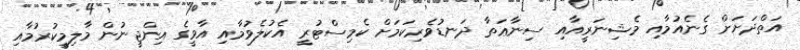
އަތްދަށަށް ގެނެއުމާއި މެޝިނަރީއާއި ސިނާޢަތާ ދަނޑުވެރިކަމަށް ކެމިސްޓުރީ އެކުލެވުމާއި އާވީގެ އިންޖީނުން މާލިމީކުރުމާއި